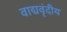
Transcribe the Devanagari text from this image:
वाद्यवृंदीय